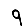
Digit: 9